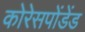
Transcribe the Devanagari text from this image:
कोरेसपोंडेंड